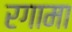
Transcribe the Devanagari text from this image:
रगामा